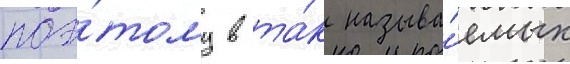
поэ́тому в та́к называ́емых